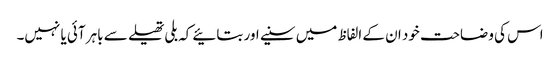
اس کی وضاحت خود ان کے الفاظ میں سنیے اور بتائیے کہ بلی تھیلے سے باہر آئی یا نہیں۔